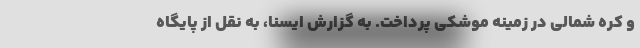
و کره شمالی در زمینه موشکی پرداخت. به گزارش ایسنا، به نقل از پایگاه